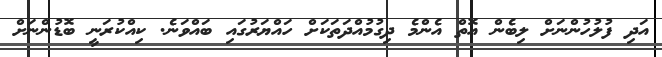
އަދި ފުލުހުންނަށް ލިބެން އޮތް އެންމެ ދިގުމުއްދަތަކަށް ހައްޔަރުގައި ބައްވަނެ. ކިއްކުރަނީ ބޮޑުންނަށް